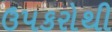
ઉપકરોથી